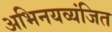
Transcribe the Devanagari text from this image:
अभिनयव्यंजित